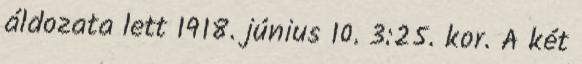
áldozata lett 1918. június 10. 3:25. kor. A két